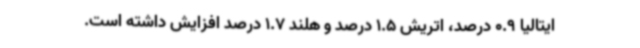
ایتالیا 0.9 درصد، اتریش 1.5 درصد و هلند 1.7 درصد افزایش داشته است.